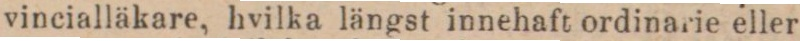
vincialläkare, hvilka längst innehaft ordinarie eller